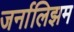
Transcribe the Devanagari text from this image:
जर्नालिझम